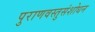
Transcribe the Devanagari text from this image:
पुराणवस्तुसंशोधन